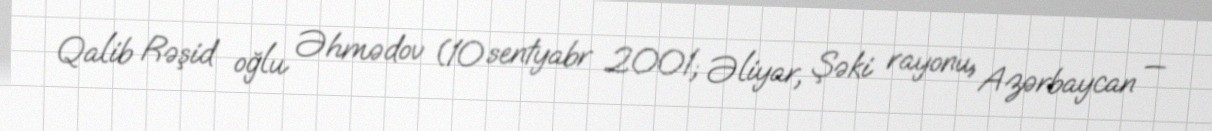
Qalib Rəşid oğlu Əhmədov (10 sentyabr 2001; Əliyar, Şəki rayonu, Azərbaycan —